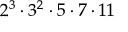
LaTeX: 2 ^ { 3 } \cdot 3 ^ { 2 } \cdot 5 \cdot 7 \cdot 1 1